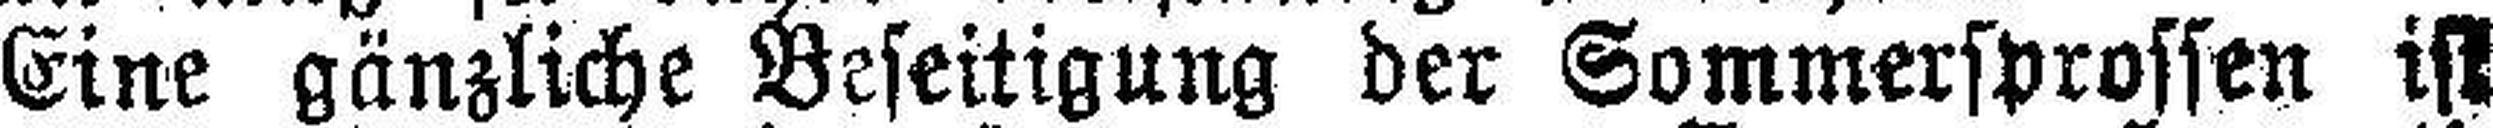
Eine gänzliche Beseitigung der Sommersprossen ist